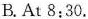
B. At 8:30.